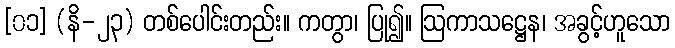
[၀၁] (နိ-၂၃) တစ်ပေါင်းတည်း။ ကတွာ၊ ပြု၍။ ဩကာသဋ္ဌေန၊ အခွင့်ဟူသော